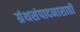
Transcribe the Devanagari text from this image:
ग्रंथसंपादनासाठी